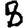
Digit: 8